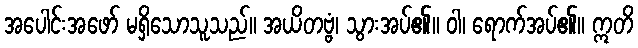
အပေါင်းအဖော် မရှိသောသူသည်။ အယိတဗ္ဗံ၊ သွားအပ်၏။ ဝါ၊ ရောက်အပ်၏။ ဣတိ